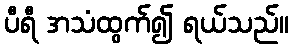
ပီရီ အသံထွက်၍ ရယ်သည်။